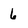
Character: 6